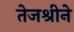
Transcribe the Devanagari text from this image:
तेजश्रीने